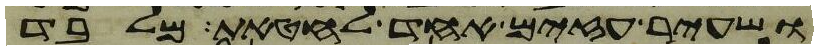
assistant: ושעיר עזים אחד לחטאת מלבד